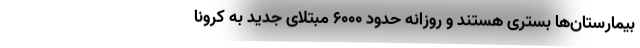
بیمارستان‌ها بستری هستند و روزانه حدود ۶۰۰۰ مبتلای جدید به کرونا